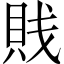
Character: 賎